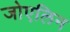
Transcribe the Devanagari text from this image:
जोएलिन